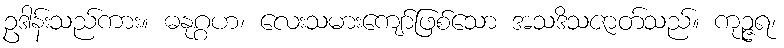
ဥဒါန်းသည်ကား။ ဓနုဂ္ဂဟ၊ လေးသမားကျော်ဖြစ်သော အသဒိသဇာတ်သည်။ ကုဉ္ဇရ၊